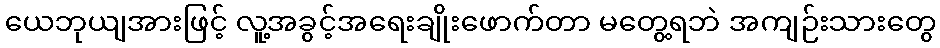
ယေဘုယျအားဖြင့် လူ့အခွင့်အရေးချိုးဖောက်တာ မတွေ့ရဘဲ အကျဉ်းသားတွေ